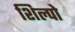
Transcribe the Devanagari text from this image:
शिल्पो